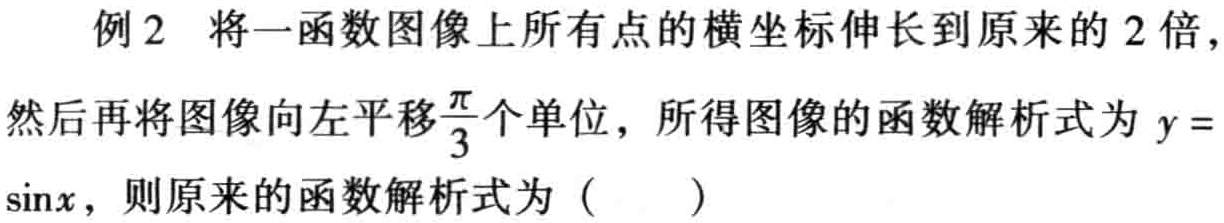
例2 将一函数图像上所有点的横坐标伸长到原来的2倍，然后再将图像向左平移$\frac{\pi}{3}$个单位，所得图像的函数解析式为$y = \sin x$，则原来的函数解析式为（  ）